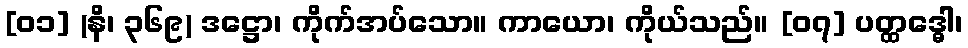
[၀၁] (နိ၊ ၃၆၉) ဒဋ္ဌော၊ ကိုက်အပ်သော။ ကာယော၊ ကိုယ်သည်။ [၀၇] ပတ္ထဒ္ဓေါ၊